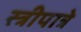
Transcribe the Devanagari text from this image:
स्त्रीपात्रे